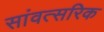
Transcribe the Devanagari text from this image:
सांवत्सरिक